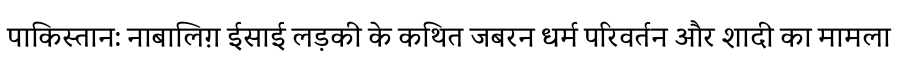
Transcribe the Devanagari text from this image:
पाकिस्तान: नाबालिग़ ईसाई लड़की के कथित जबरन धर्म परिवर्तन और शादी का मामला